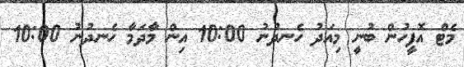
މެޓް އޮފީހުން ބުނީ މިއަދު ހެނދުނު 10:00 އިން މާދަމާ ހެނދުނު 10:00